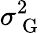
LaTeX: \sigma_{\mathrm{~G~}}^{2}